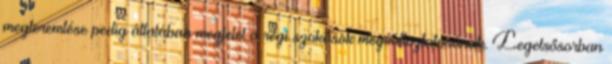
megteremtése pedig általában megfelel a régi szokások megváltoztatásának. Legelsősorban